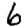
Digit: 6